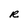
Character: R